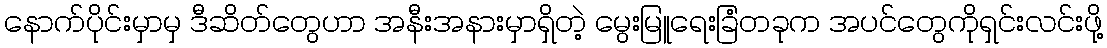
နောက်ပိုင်းမှာမှ ဒီဆိတ်တွေဟာ အနီးအနားမှာရှိတဲ့ မွေးမြူရေးခြံတခုက အပင်တွေကိုရှင်းလင်းဖို့